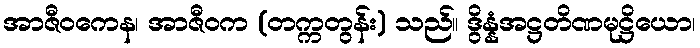
အာဇီဝကေန၊ အာဇီဝက (တက္ကတွန်း) သည်။ ဒွိန္နံအဋ္ဌတိဏမုဋ္ဌိယော၊